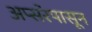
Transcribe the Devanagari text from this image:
अप्सरेपासून